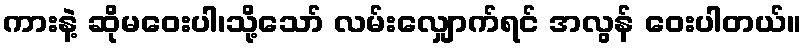
ကားနဲ့ ဆိုမဝေးပါ၊သို့သော် လမ်းလျှောက်ရင် အလွန် ဝေးပါတယ်။